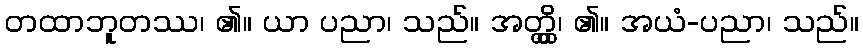
တထာဘူတဿ၊ ၏။ ယာ ပညာ၊ သည်။ အတ္တ္ထိ၊ ၏။ အယံ-ပညာ၊ သည်။